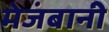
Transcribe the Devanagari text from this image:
मेजंबानी